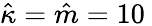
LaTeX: \hat{\kappa}=\hat{m}=10\